Leaving Certificate Examination (including Day School Certificate (Higher) General paper), 1933
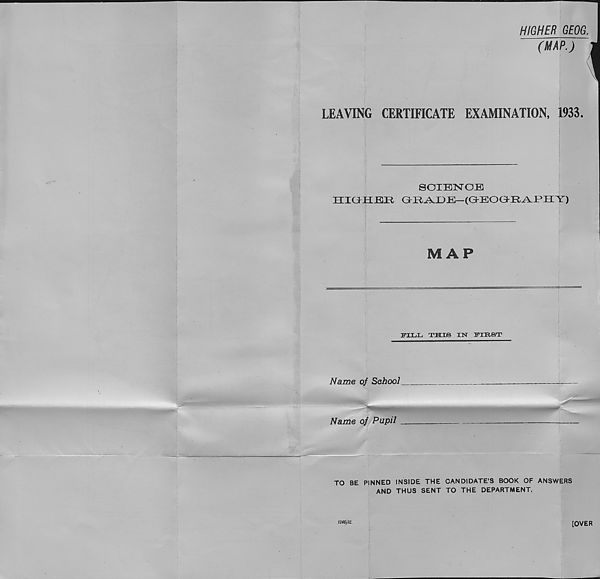
HIGHER GEOG.
LEAVING CERTIFICATE EXAMINATION, 1933.
SOIBNOES
MAP
I’IIjIj THIS IN yiUST
TO BE PINNED INSIDE THE CANDIDATE’S BOOK OF ANSWERS
AND THUS SENT TO THE DEPARTMENT.
1246/32.
[OVER